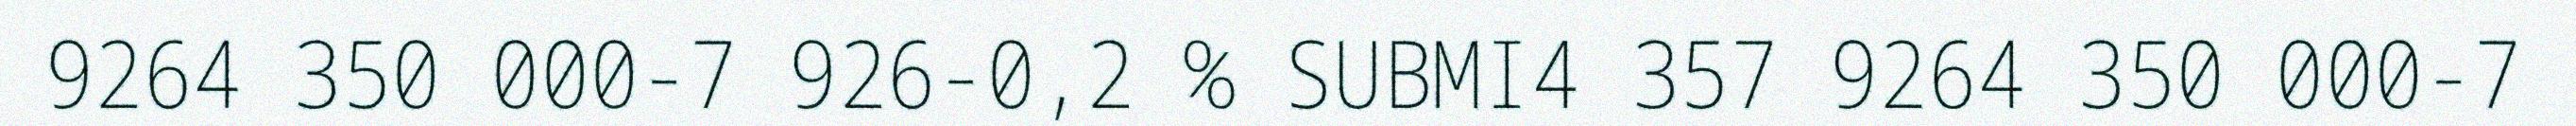
9264 350 000-7 926-0,2 % SUBMI4 357 9264 350 000-7